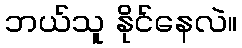
ဘယ်သူ နိုင်နေလဲ။